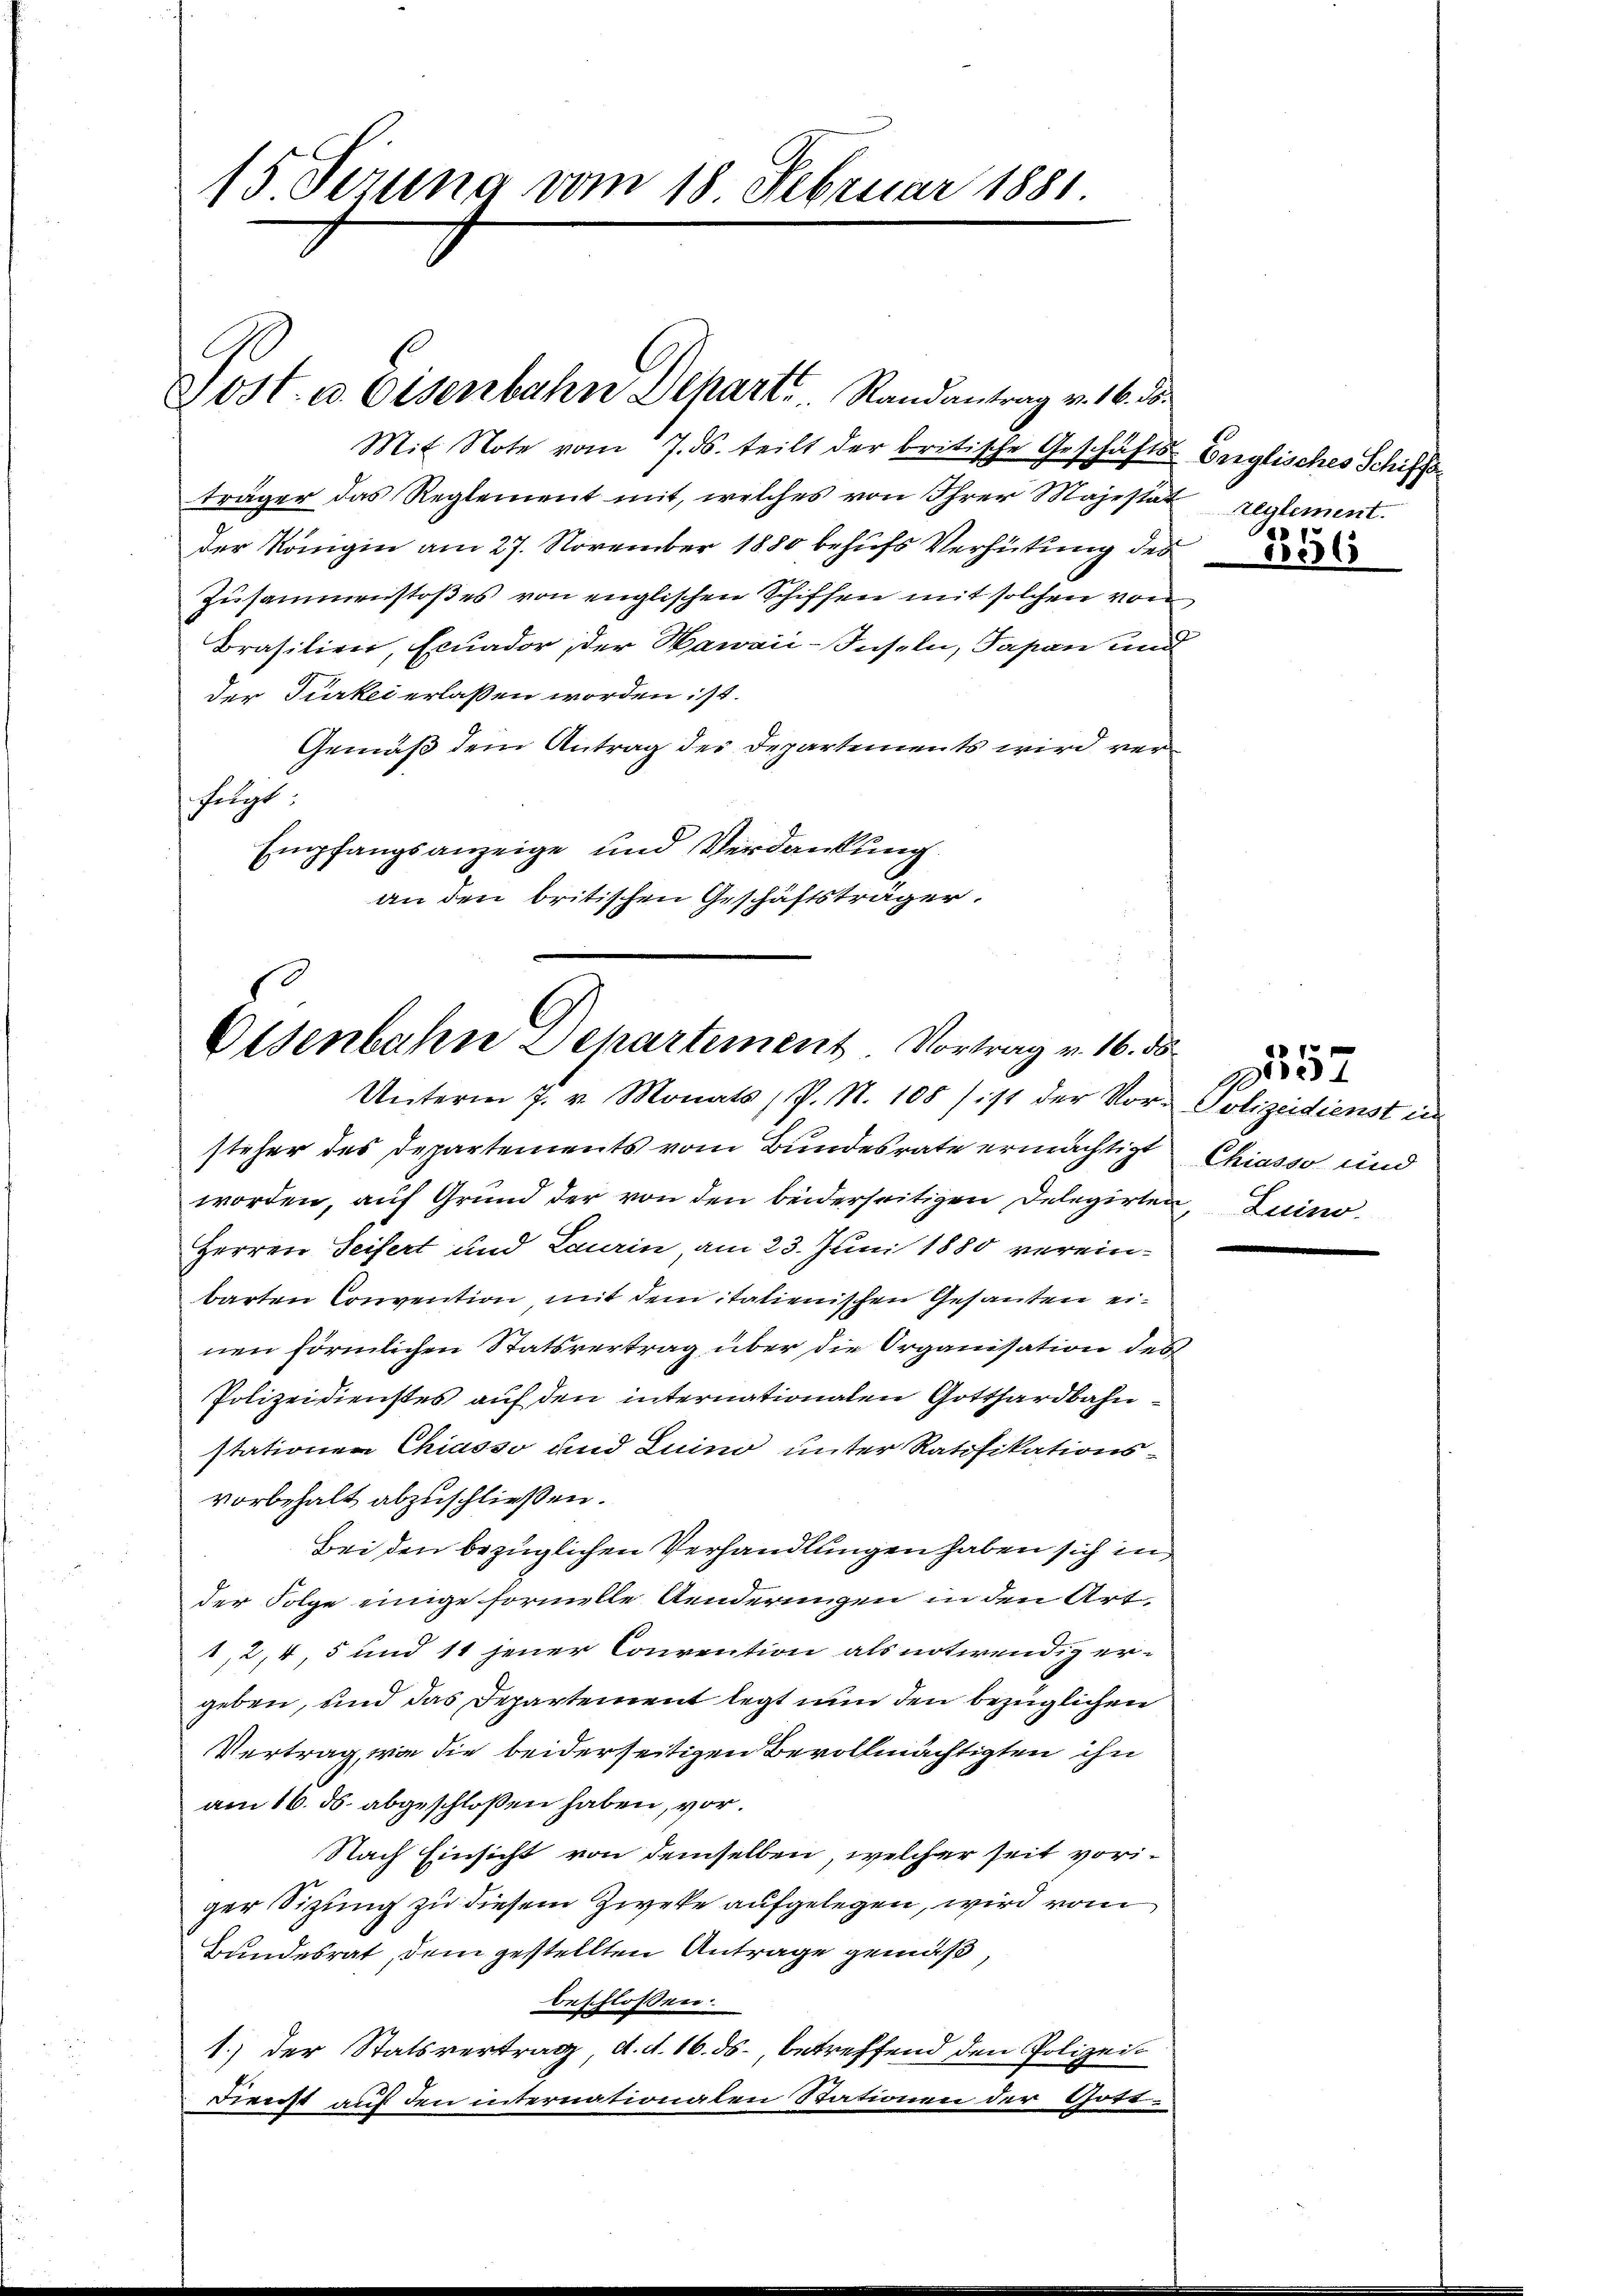
15. Jezuna vom 18 Februar 1881

Jost- u. Eisenbahn Depart. Randantrag v. 16. d.

Mit Note vom 7. ds. teilt der britische Geschäfts-Erglisches Schiffs
träger das Reglement mit, welches von Ihrer Majestat reglement.
der Königin am 27. November 1880 behufs Verhütung des
Zusammenstoßes von englischen Schiffen mit solchen von
Brasilien, Ecuador, der Hawaić-Inseln, Papan und
der Türkei erlassen worden ist.
Gemäß dem Antrag der Departements wird ver
feligt
Empfangsanzeige und Verdankung.
an den britischen Geschäftsträger.

Olsenbahn Departement. Vortrag v. 16. ds.
Unterm 7. v. Monats, P. N. 108 / ist der Vor- Polizeidienst in

steher des Departements vom Bundesrate ermächtigt
worden, auf Grund der von den beiderseitigen Delegirten, Luino
Herren Seifert und Laurin, am 23. Juni 1880 vereinbarten Convention mit dem italienischen Gesanten einen förmlichen Statsvertrag über die Organisation des
Polizeidienstes auf den internationalen Gotthardbahn
stationen Chiasso und Luino unter Ratifikations-
vorbehalt abzuschließen.
Bei den bezüglichen Verhandlungen haben sich in
der Folge einige formelle Aenderungen in den Art
12, 4, 5 und 11 jener Convention als notwendig ergeben, und das Departement legt nun den bezüglichen
Vertrag, wie die beiderseitigen Bevollmächtigten ihn
am 16. ds. abgeschlossen haben, vor.
Nach Einsicht von demselben, welcher seit voriger Sitzung zu diesem Zweke aufgelegen, wird vom
Bundesrat, dem gestellten Antrage gemäß,
beschlossen:
1.) der Statsvertrag d. d. 16. ds. betreffend den Polizeit
Dienst auf den internationalen Stationen der Gote

3556

Chiasso und

15